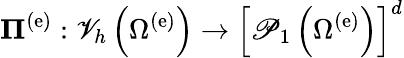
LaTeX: {{\mathbf\Pi}^{\left(\mathrm{e}\right)}}:{\mathscr V}_{h}\left(\Omega^{\left(\mathrm{e}\right)}\right)\rightarrow\left[{\mathscr P}_{1}\left(\Omega^{\left(\mathrm{e}\right)}\right)\right]^{d}